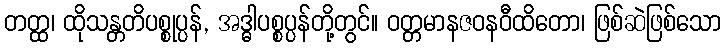
တတ္ထ၊ ထိုသန္တတိပစ္စုပ္ပန်, အဒ္ဓါပစ္စပ္ပန်တို့တွင်။ ဝတ္တမာနဇဝနဝီထိတော၊ ဖြစ်ဆဲဖြစ်သော